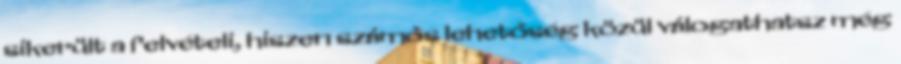
sikerült a felvételi, hiszen számos lehetőség közül válogathatsz még